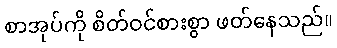
စာအုပ်ကို စိတ်ဝင်စားစွာ ဖတ်နေသည်။